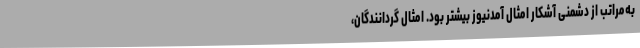
به‌مراتب از دشمنیِ آشکار امثال آمدنیوز بیشتر بود. امثال گردانندگان،